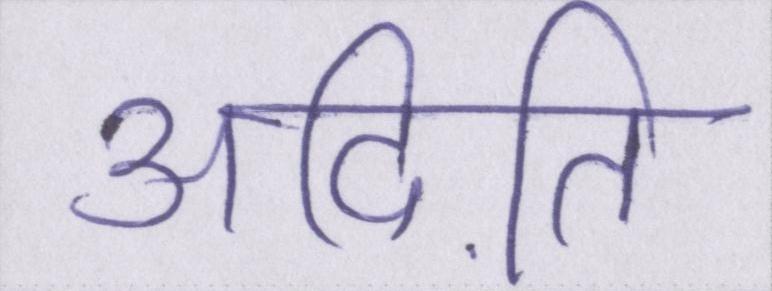
अदिति